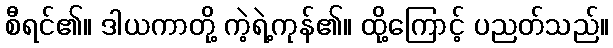
စီရင်၏။ ဒါယကာတို့ ကဲ့ရဲ့ကုန်၏။ ထို့ကြောင့် ပညတ်သည်။